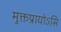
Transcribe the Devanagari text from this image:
मुक्तप्रायोऽसि